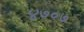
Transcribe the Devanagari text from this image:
४७०७